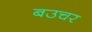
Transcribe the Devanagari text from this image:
बउचर